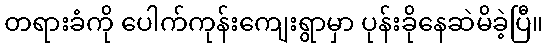
တရားခံကို ပေါက်ကုန်းကျေးရွာမှာ ပုန်းခိုနေဆဲမိခဲ့ပြီ။